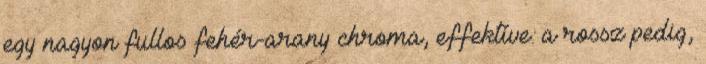
egy nagyon fullos fehér-arany chroma, effektíve. a rossz pedig,